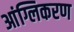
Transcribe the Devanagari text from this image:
आंग्लिकरण